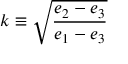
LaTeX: k \equiv { \sqrt { \frac { e _ { 2 } - e _ { 3 } } { e _ { 1 } - e _ { 3 } } } }